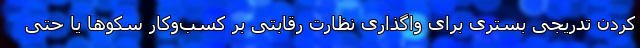
کردن تدریجی بستری برای واگذاری نظارت رقابتی بر کسب‌وکار سکوها یا حتی